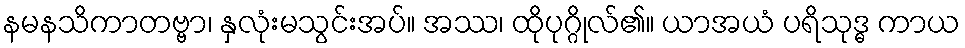
နမနသိကာတဗ္ဗာ၊ နှလုံးမသွင်းအပ်။ အဿ၊ ထိုပုဂ္ဂိုလ်၏။ ယာအယံ ပရိသုဒ္ဓ ကာယ